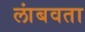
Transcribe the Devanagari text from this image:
लांबवता